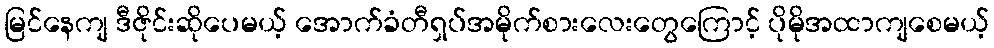
မြင်နေကျ ဒီဇိုင်းဆိုပေမယ့် အောက်ခံတီရှပ်အမိုက်စားလေးတွေကြောင့် ပိုမိုအထာကျစေမယ့်